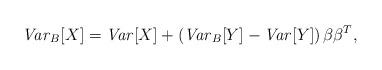
LaTeX: \begin{align*}\textrm{\emph{Var}}_{B}[X] = \textrm{\emph{Var}}[X]+\left(\textrm{\emph{Var}}_{B}[Y]-\textrm{\emph{Var}}[Y] \right)\beta\beta^{T},\end{align*}